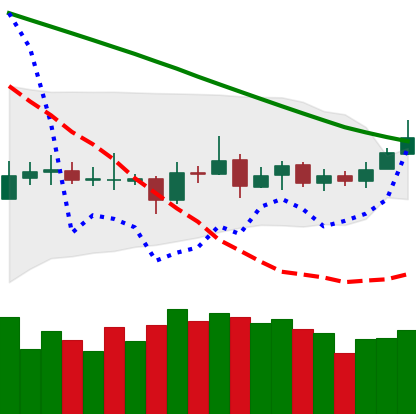
Ticker: ETC-USD
Chart end date: 2019-03-16
Forward return: 6.178%
Label: up_5_7